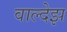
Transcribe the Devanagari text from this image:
वाल्देझ